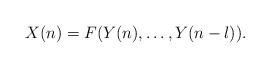
LaTeX: \begin{align*}X(n)=F(Y(n),\ldots,Y(n-l)).\end{align*}